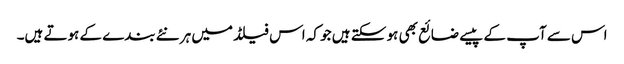
اس سے آپ کے پیسے ضائع بھی ہو سکتے ہیں جو کہ اس فیلڈ میں ہر نئے بندے کے ہوتے ہیں۔